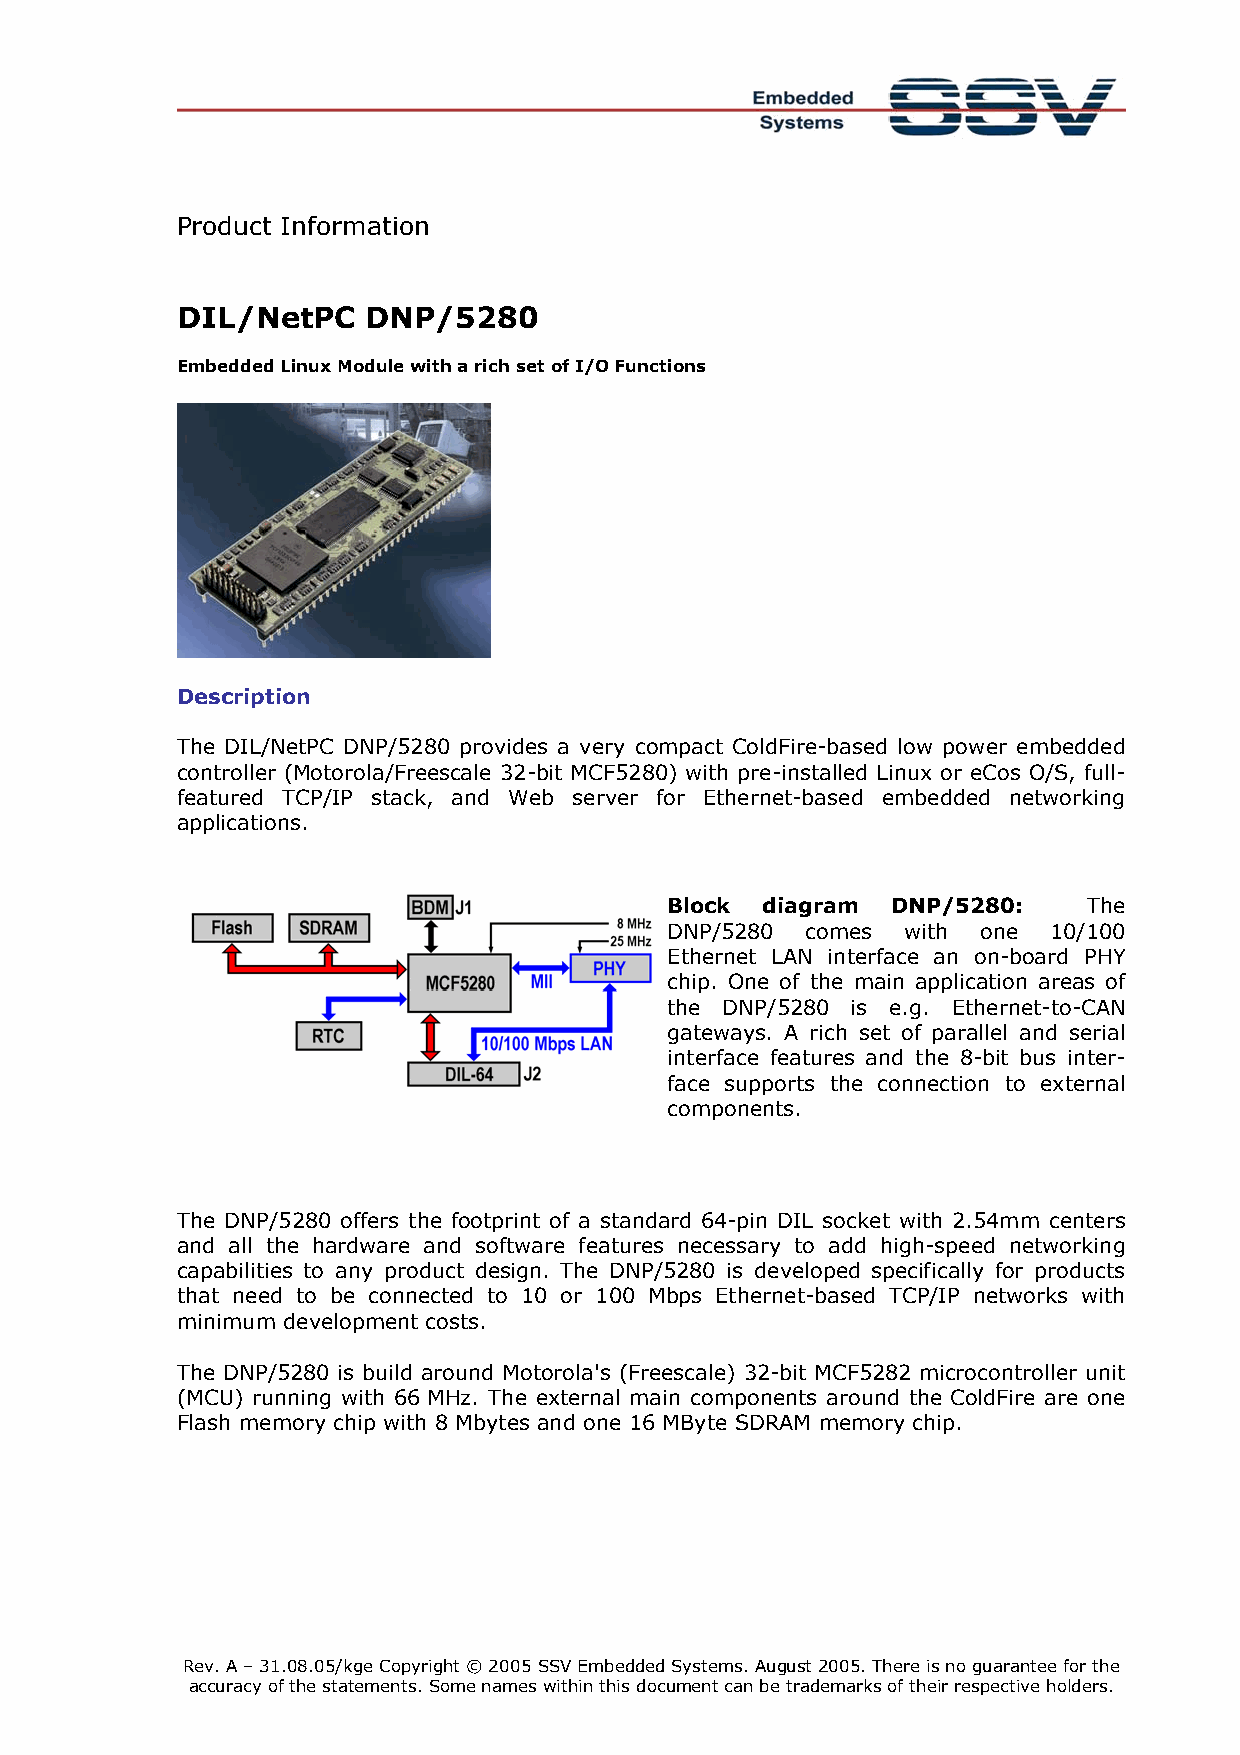
Product Information
 DIL/NetPC   DNP/5280
 Embedded Linux Module with a rich set of I/O Functions
 Description
 The DIL/NetPC DNP/5280 provides a very compact ColdFire-based low power embedded
 controller (Motorola/Freescale 32-bit MCF5280) with pre-installed Linux or eCos O/S, full-
 featured TCP/IP stack, and Web server for Ethernet-based embedded networking
 applications.
 Block diagram  DNP/5280:    The
 DNP/5280 comes  with one 10/100
 Ethernet LAN interface an on-board PHY
 chip. One of the main application areas of
 the DNP/5280 is e.g. Ethernet-to-CAN
 gateways. A rich set of parallel and serial
 interface features and the 8-bit bus inter-
 face supports the connection to external
 components.
 The DNP/5280 offers the footprint of a standard 64-pin DIL socket with 2.54mm centers
 and all the hardware and software features necessary to add high-speed networking
 capabilities to any product design. The DNP/5280 is developed specifically for products
 that need to be connected to 10 or 100 Mbps Ethernet-based TCP/IP networks with
 minimum development costs.
 The DNP/5280 is build around Motorola's (Freescale) 32-bit MCF5282 microcontroller unit
 (MCU) running with 66 MHz. The external main components around the ColdFire are one
 Flash memory chip with 8 Mbytes and one 16 MByte SDRAM memory chip.
 Rev. A – 31.08.05/kge Copyright © 2005 SSV Embedded Systems. August 2005. There is no guarantee for the
 accuracy of the statements. Some names within this document can be trademarks of their respective holders.